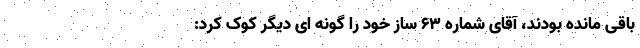
باقی مانده بودند، آقای شماره ۶۳ ساز خود را گونه ای دیگر کوک کرد: